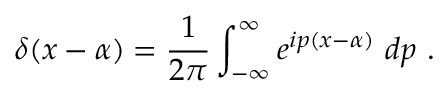
\delta ( x - \alpha ) = { \frac { 1 } { 2 \pi } } \int _ { - \infty } ^ { \infty } e ^ { i p ( x - \alpha ) } \ d p \ .